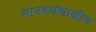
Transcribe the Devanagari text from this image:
मानवशंशास्त्रीय